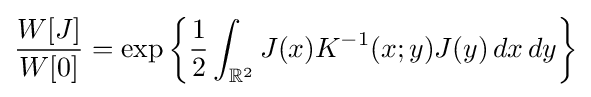
{\dfrac {W[J]}{W[0]}}=\exp \left\lbrace {\frac {1}{2}}\int _{\mathbb {R} ^{2}}J(x)K^{-1}(x;y)J(y)\,dx\,dy\right\rbrace